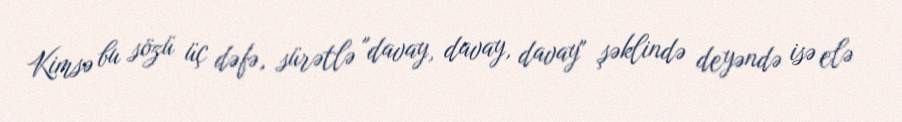
Kimsə bu sözü üç dəfə, sürətlə "davay, davay, davay" şəklində deyəndə isə elə